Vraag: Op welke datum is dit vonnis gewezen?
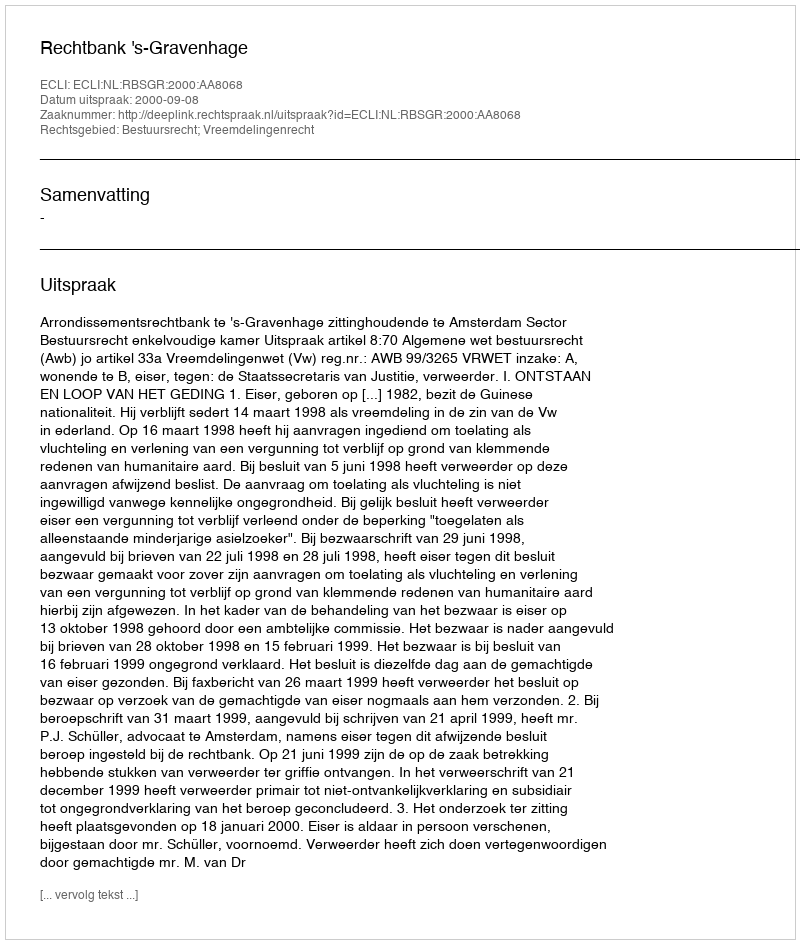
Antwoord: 2000-09-08